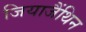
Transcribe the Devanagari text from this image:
जियाजैंथिन